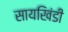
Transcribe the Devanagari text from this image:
सायखिंडी